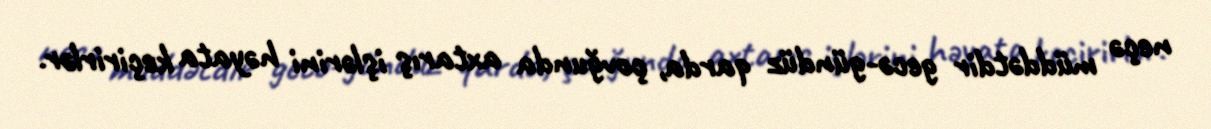
neçə müddətdir gecə-gündüz qarda, çovğunda axtarış işlərini həyata keçirirlər.